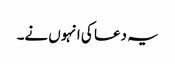
یہ دعا کی انہوں نے۔